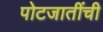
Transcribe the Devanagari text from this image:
पोटजातींची